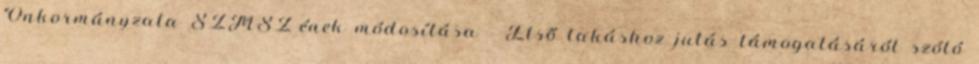
Önkormányzata SZMSZ-ének módosítása - Első lakáshoz jutás támogatásáról szóló